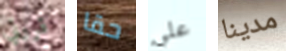
قررتي حقا علي مدينا